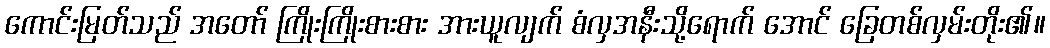
ကောင်းမြတ်သည် အတော် ကြိုးကြိုးစားစား အားယူလျက် စံလှအနီးသို့ရောက် အောင် ခြေတစ်လှမ်းတိုး၏။